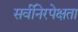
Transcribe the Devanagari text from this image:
सर्वनिरपेक्षता